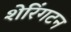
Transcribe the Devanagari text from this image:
शेरिंगटन